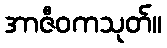
အာဇီဝကသုတ်။